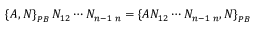
\left\{ A , N \right\} _ { { \footnotesize P B } } N _ { 1 2 } \cdots N _ { n - 1 \; n } = \left\{ A N _ { 1 2 } \cdots N _ { n - 1 \; n } , N \right\} _ { { \footnotesize P B } }